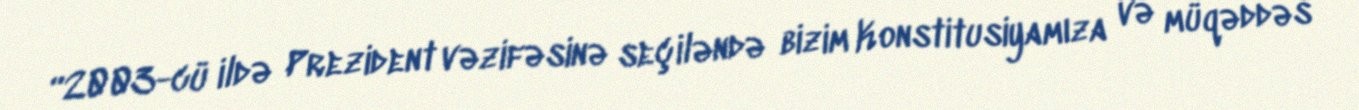
“2003-cü ildə Prezident vəzifəsinə seçiləndə bizim Konstitusiyamıza və müqəddəs